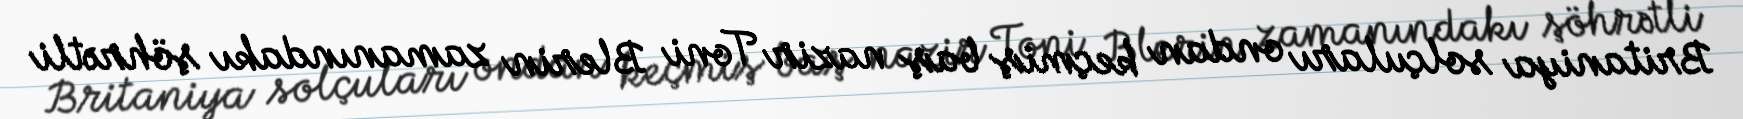
Britaniya solçuları ondan keçmiş baş nazir Toni Blerin zamanındakı şöhrətli